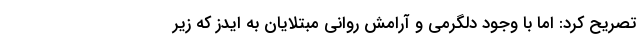
تصریح کرد: اما با وجود دلگرمی و آرامش روانی مبتلایان به ایدز که زیر